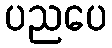
ပညပေ